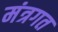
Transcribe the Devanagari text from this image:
मंत्रगत